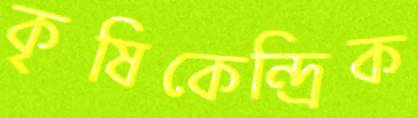
কৃষিকেন্দ্রিক